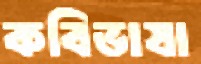
কবিভাষা